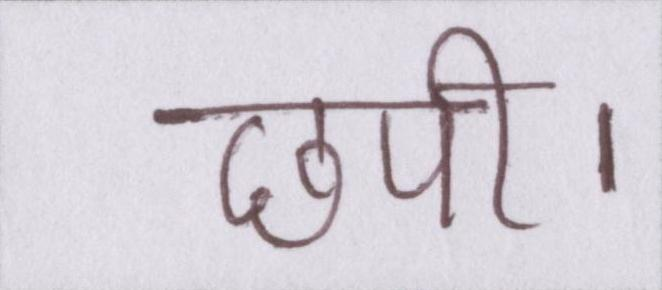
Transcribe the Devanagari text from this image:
छपी।